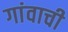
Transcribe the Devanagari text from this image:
गांवाची